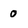
Character: o